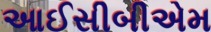
આઈસીબીએમ